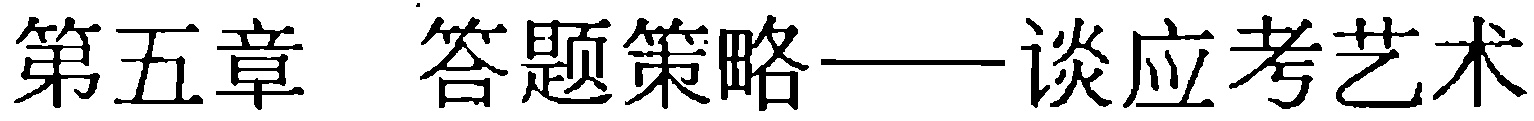
第五章 答题策略——谈应考艺术